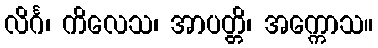
လိင်္ဂ၊ ကိလေသ၊ အာပတ္တိ၊ အက္ကောသ။